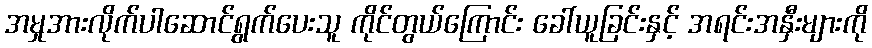
အမှုအားလိုက်ပါဆောင်ရွက်ပေးသူ ကိုင်တွယ်ကြောင်း ခေါ်ယူခြင်းနှင့် အရင်းအနှီးများကို